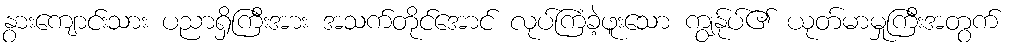
နွားကျောင်းသား ပညာရှိကြီးအား အသက်တိုင်အောင် လုပ်ကြံခဲ့ဖူးသော ကျွန်ုပ်၏ ယုတ်မာမှုကြီးအတွက်